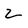
Character: 2